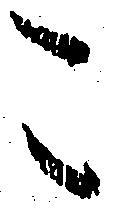
こ